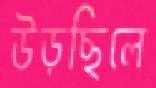
উড়ছিলে